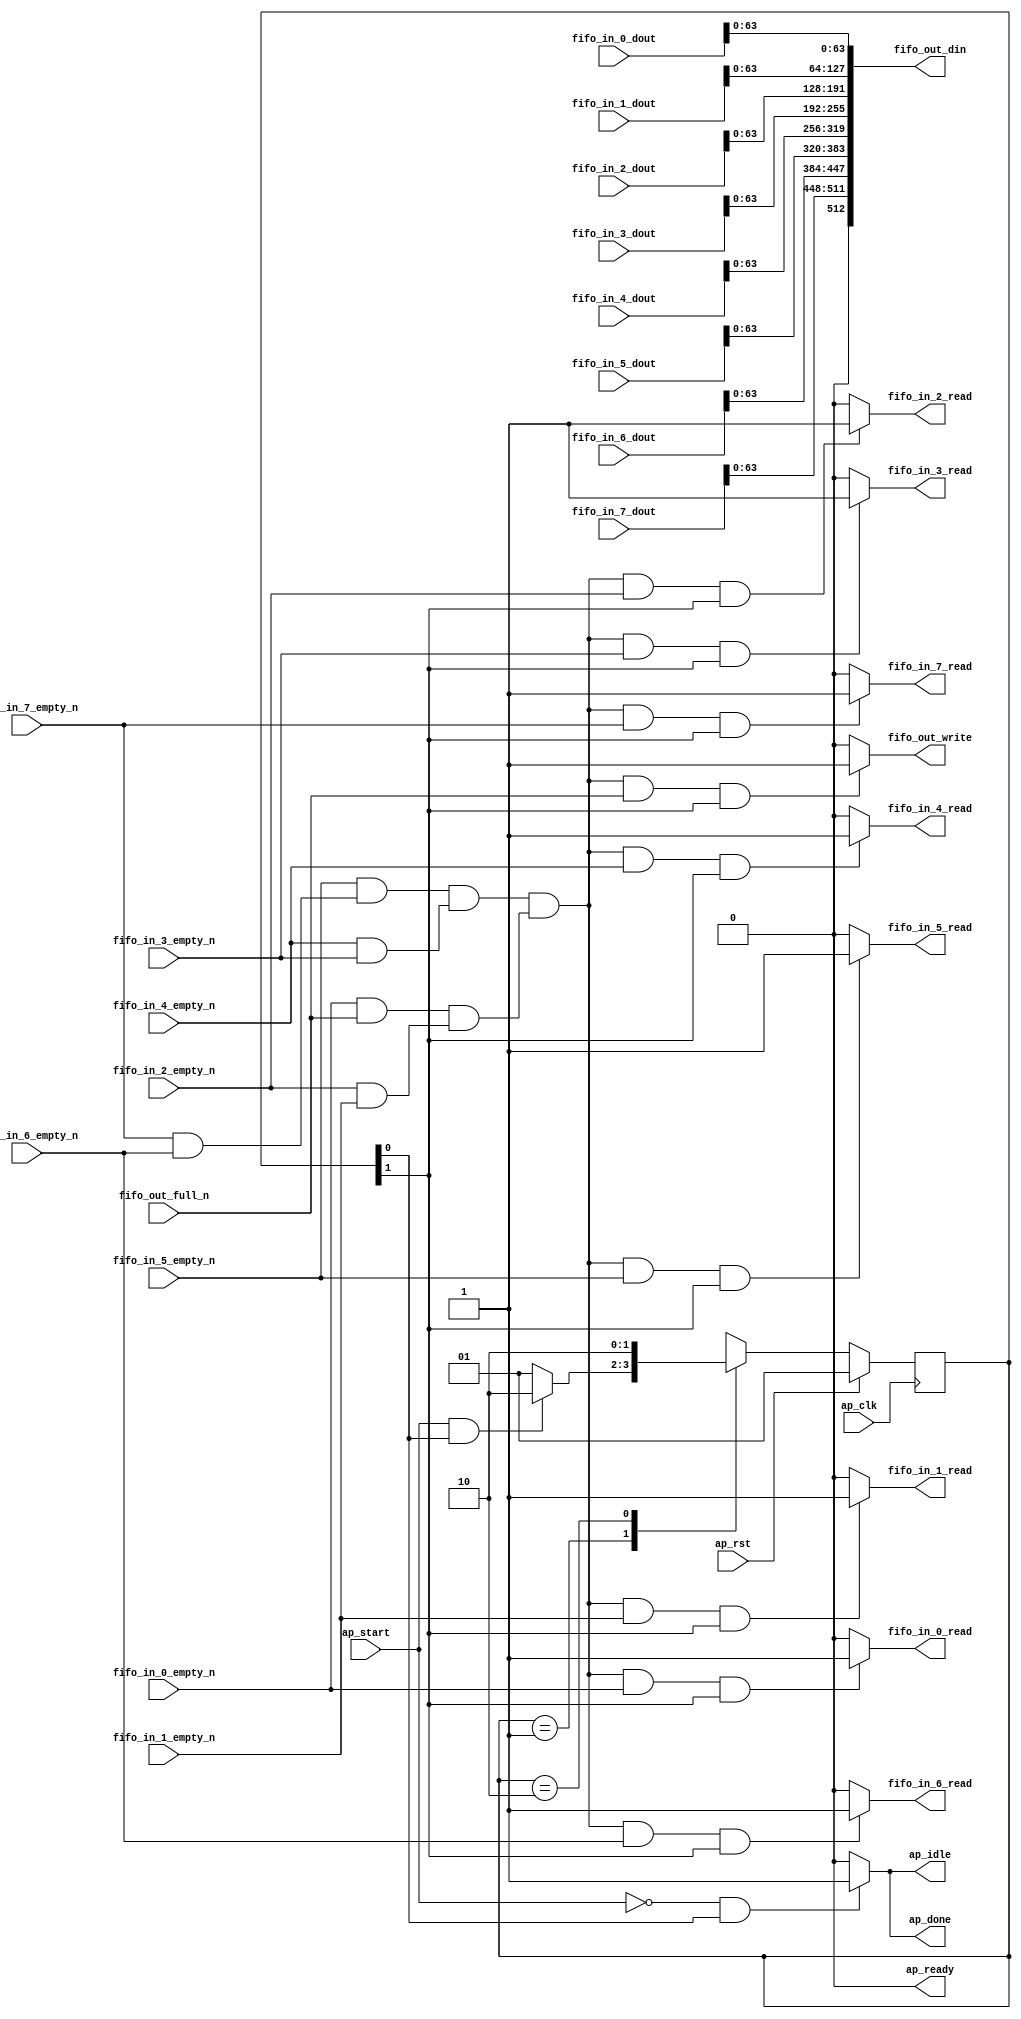
// ==============================================================
// RTL generated by Vitis HLS - High-Level Synthesis from C, C++ and OpenCL v2022.2 (64-bit)
// Version: 2022.2
// Copyright (C) Copyright 1986-2022 Xilinx, Inc. All Rights Reserved.
//
// ===========================================================

`timescale 1 ns / 1 ps

module Merger_Y_Merger_Y_Pipeline_VITIS_LOOP_179_1 (
        ap_clk,
        ap_rst,
        ap_start,
        ap_done,
        ap_idle,
        ap_ready,
        fifo_out_din,
        fifo_out_full_n,
        fifo_out_write,
        fifo_in_0_dout,
        fifo_in_0_empty_n,
        fifo_in_0_read,
        fifo_in_1_dout,
        fifo_in_1_empty_n,
        fifo_in_1_read,
        fifo_in_2_dout,
        fifo_in_2_empty_n,
        fifo_in_2_read,
        fifo_in_3_dout,
        fifo_in_3_empty_n,
        fifo_in_3_read,
        fifo_in_4_dout,
        fifo_in_4_empty_n,
        fifo_in_4_read,
        fifo_in_5_dout,
        fifo_in_5_empty_n,
        fifo_in_5_read,
        fifo_in_6_dout,
        fifo_in_6_empty_n,
        fifo_in_6_read,
        fifo_in_7_dout,
        fifo_in_7_empty_n,
        fifo_in_7_read
);

parameter    ap_ST_fsm_state1 = 2'd1;
parameter    ap_ST_fsm_state2 = 2'd2;

input   ap_clk;
input   ap_rst;
input   ap_start;
output   ap_done;
output   ap_idle;
output   ap_ready;
output  [512:0] fifo_out_din;
input   fifo_out_full_n;
output   fifo_out_write;
input  [64:0] fifo_in_0_dout;
input   fifo_in_0_empty_n;
output   fifo_in_0_read;
input  [64:0] fifo_in_1_dout;
input   fifo_in_1_empty_n;
output   fifo_in_1_read;
input  [64:0] fifo_in_2_dout;
input   fifo_in_2_empty_n;
output   fifo_in_2_read;
input  [64:0] fifo_in_3_dout;
input   fifo_in_3_empty_n;
output   fifo_in_3_read;
input  [64:0] fifo_in_4_dout;
input   fifo_in_4_empty_n;
output   fifo_in_4_read;
input  [64:0] fifo_in_5_dout;
input   fifo_in_5_empty_n;
output   fifo_in_5_read;
input  [64:0] fifo_in_6_dout;
input   fifo_in_6_empty_n;
output   fifo_in_6_read;
input  [64:0] fifo_in_7_dout;
input   fifo_in_7_empty_n;
output   fifo_in_7_read;

reg ap_done;
reg ap_idle;
reg fifo_out_write;
reg fifo_in_0_read;
reg fifo_in_1_read;
reg fifo_in_2_read;
reg fifo_in_3_read;
reg fifo_in_4_read;
reg fifo_in_5_read;
reg fifo_in_6_read;
reg fifo_in_7_read;

(* fsm_encoding = "none" *) reg   [1:0] ap_CS_fsm;
wire    ap_CS_fsm_state1;
wire   [0:0] tmp_1_nbreadreq_fu_56_p3;
wire   [0:0] tmp_2_nbreadreq_fu_64_p3;
wire   [0:0] tmp_3_nbreadreq_fu_72_p3;
wire   [0:0] tmp_4_nbreadreq_fu_80_p3;
wire   [0:0] tmp_5_nbreadreq_fu_88_p3;
wire   [0:0] tmp_6_nbreadreq_fu_96_p3;
wire   [0:0] tmp_7_nbreadreq_fu_104_p3;
wire   [0:0] tmp_8_nbreadreq_fu_112_p3;
wire    ap_CS_fsm_state2;
wire   [0:0] and_ln183_7_fu_217_p2;
wire   [0:0] and_ln183_fu_175_p0;
wire   [0:0] and_ln183_1_fu_181_p2;
wire   [0:0] and_ln183_fu_175_p2;
wire   [0:0] and_ln183_4_fu_199_p2;
wire   [0:0] and_ln183_5_fu_205_p2;
wire   [0:0] and_ln183_3_fu_193_p2;
wire   [0:0] and_ln183_6_fu_211_p2;
wire   [0:0] and_ln183_2_fu_187_p2;
wire   [63:0] trunc_ln146_fu_255_p1;
wire   [63:0] trunc_ln146_1_fu_259_p1;
wire   [63:0] trunc_ln146_2_fu_263_p1;
wire   [63:0] trunc_ln146_3_fu_267_p1;
wire   [63:0] trunc_ln146_4_fu_271_p1;
wire   [63:0] trunc_ln146_5_fu_275_p1;
wire   [63:0] trunc_ln146_6_fu_279_p1;
wire   [63:0] trunc_ln146_7_fu_283_p1;
reg   [1:0] ap_NS_fsm;
reg    ap_ST_fsm_state1_blk;
wire    ap_ST_fsm_state2_blk;
wire    ap_ce_reg;

// power-on initialization
initial begin
#0 ap_CS_fsm = 2'd1;
end

always @ (posedge ap_clk) begin
    if (ap_rst == 1'b1) begin
        ap_CS_fsm <= ap_ST_fsm_state1;
    end else begin
        ap_CS_fsm <= ap_NS_fsm;
    end
end

always @ (*) begin
    if ((ap_start == 1'b0)) begin
        ap_ST_fsm_state1_blk = 1'b1;
    end else begin
        ap_ST_fsm_state1_blk = 1'b0;
    end
end

assign ap_ST_fsm_state2_blk = 1'b0;

always @ (*) begin
    if (((ap_start == 1'b0) & (1'b1 == ap_CS_fsm_state1))) begin
        ap_done = 1'b1;
    end else begin
        ap_done = 1'b0;
    end
end

always @ (*) begin
    if (((ap_start == 1'b0) & (1'b1 == ap_CS_fsm_state1))) begin
        ap_idle = 1'b1;
    end else begin
        ap_idle = 1'b0;
    end
end

always @ (*) begin
    if (((1'd1 == and_ln183_7_fu_217_p2) & (fifo_in_0_empty_n == 1'b1) & (1'b1 == ap_CS_fsm_state2))) begin
        fifo_in_0_read = 1'b1;
    end else begin
        fifo_in_0_read = 1'b0;
    end
end

always @ (*) begin
    if (((1'd1 == and_ln183_7_fu_217_p2) & (fifo_in_1_empty_n == 1'b1) & (1'b1 == ap_CS_fsm_state2))) begin
        fifo_in_1_read = 1'b1;
    end else begin
        fifo_in_1_read = 1'b0;
    end
end

always @ (*) begin
    if (((1'd1 == and_ln183_7_fu_217_p2) & (fifo_in_2_empty_n == 1'b1) & (1'b1 == ap_CS_fsm_state2))) begin
        fifo_in_2_read = 1'b1;
    end else begin
        fifo_in_2_read = 1'b0;
    end
end

always @ (*) begin
    if (((1'd1 == and_ln183_7_fu_217_p2) & (fifo_in_3_empty_n == 1'b1) & (1'b1 == ap_CS_fsm_state2))) begin
        fifo_in_3_read = 1'b1;
    end else begin
        fifo_in_3_read = 1'b0;
    end
end

always @ (*) begin
    if (((1'd1 == and_ln183_7_fu_217_p2) & (fifo_in_4_empty_n == 1'b1) & (1'b1 == ap_CS_fsm_state2))) begin
        fifo_in_4_read = 1'b1;
    end else begin
        fifo_in_4_read = 1'b0;
    end
end

always @ (*) begin
    if (((1'd1 == and_ln183_7_fu_217_p2) & (fifo_in_5_empty_n == 1'b1) & (1'b1 == ap_CS_fsm_state2))) begin
        fifo_in_5_read = 1'b1;
    end else begin
        fifo_in_5_read = 1'b0;
    end
end

always @ (*) begin
    if (((1'd1 == and_ln183_7_fu_217_p2) & (fifo_in_6_empty_n == 1'b1) & (1'b1 == ap_CS_fsm_state2))) begin
        fifo_in_6_read = 1'b1;
    end else begin
        fifo_in_6_read = 1'b0;
    end
end

always @ (*) begin
    if (((1'd1 == and_ln183_7_fu_217_p2) & (fifo_in_7_empty_n == 1'b1) & (1'b1 == ap_CS_fsm_state2))) begin
        fifo_in_7_read = 1'b1;
    end else begin
        fifo_in_7_read = 1'b0;
    end
end

always @ (*) begin
    if (((1'd1 == and_ln183_7_fu_217_p2) & (fifo_out_full_n == 1'b1) & (1'b1 == ap_CS_fsm_state2))) begin
        fifo_out_write = 1'b1;
    end else begin
        fifo_out_write = 1'b0;
    end
end

always @ (*) begin
    case (ap_CS_fsm)
        ap_ST_fsm_state1 : begin
            if (((ap_start == 1'b1) & (1'b1 == ap_CS_fsm_state1))) begin
                ap_NS_fsm = ap_ST_fsm_state2;
            end else begin
                ap_NS_fsm = ap_ST_fsm_state1;
            end
        end
        ap_ST_fsm_state2 : begin
            ap_NS_fsm = ap_ST_fsm_state2;
        end
        default : begin
            ap_NS_fsm = 'bx;
        end
    endcase
end

assign and_ln183_1_fu_181_p2 = (tmp_3_nbreadreq_fu_72_p3 & tmp_2_nbreadreq_fu_64_p3);

assign and_ln183_2_fu_187_p2 = (and_ln183_fu_175_p2 & and_ln183_1_fu_181_p2);

assign and_ln183_3_fu_193_p2 = (tmp_5_nbreadreq_fu_88_p3 & tmp_4_nbreadreq_fu_80_p3);

assign and_ln183_4_fu_199_p2 = (tmp_8_nbreadreq_fu_112_p3 & tmp_7_nbreadreq_fu_104_p3);

assign and_ln183_5_fu_205_p2 = (tmp_6_nbreadreq_fu_96_p3 & and_ln183_4_fu_199_p2);

assign and_ln183_6_fu_211_p2 = (and_ln183_5_fu_205_p2 & and_ln183_3_fu_193_p2);

assign and_ln183_7_fu_217_p2 = (and_ln183_6_fu_211_p2 & and_ln183_2_fu_187_p2);

assign and_ln183_fu_175_p0 = fifo_out_full_n;

assign and_ln183_fu_175_p2 = (tmp_1_nbreadreq_fu_56_p3 & and_ln183_fu_175_p0);

assign ap_CS_fsm_state1 = ap_CS_fsm[32'd0];

assign ap_CS_fsm_state2 = ap_CS_fsm[32'd1];

assign ap_ready = 1'b0;

assign fifo_out_din = {{{{{{{{{{{{{{{{1'd0}, {trunc_ln146_fu_255_p1}}}, {trunc_ln146_1_fu_259_p1}}}, {trunc_ln146_2_fu_263_p1}}}, {trunc_ln146_3_fu_267_p1}}}, {trunc_ln146_4_fu_271_p1}}}, {trunc_ln146_5_fu_275_p1}}}, {trunc_ln146_6_fu_279_p1}}}, {trunc_ln146_7_fu_283_p1}};

assign tmp_1_nbreadreq_fu_56_p3 = fifo_in_0_empty_n;

assign tmp_2_nbreadreq_fu_64_p3 = fifo_in_1_empty_n;

assign tmp_3_nbreadreq_fu_72_p3 = fifo_in_2_empty_n;

assign tmp_4_nbreadreq_fu_80_p3 = fifo_in_3_empty_n;

assign tmp_5_nbreadreq_fu_88_p3 = fifo_in_4_empty_n;

assign tmp_6_nbreadreq_fu_96_p3 = fifo_in_5_empty_n;

assign tmp_7_nbreadreq_fu_104_p3 = fifo_in_6_empty_n;

assign tmp_8_nbreadreq_fu_112_p3 = fifo_in_7_empty_n;

assign trunc_ln146_1_fu_259_p1 = fifo_in_6_dout[63:0];

assign trunc_ln146_2_fu_263_p1 = fifo_in_5_dout[63:0];

assign trunc_ln146_3_fu_267_p1 = fifo_in_4_dout[63:0];

assign trunc_ln146_4_fu_271_p1 = fifo_in_3_dout[63:0];

assign trunc_ln146_5_fu_275_p1 = fifo_in_2_dout[63:0];

assign trunc_ln146_6_fu_279_p1 = fifo_in_1_dout[63:0];

assign trunc_ln146_7_fu_283_p1 = fifo_in_0_dout[63:0];

assign trunc_ln146_fu_255_p1 = fifo_in_7_dout[63:0];

endmodule //Merger_Y_Merger_Y_Pipeline_VITIS_LOOP_179_1